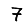
Digit: 7